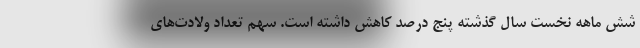
شش ماهه نخست سال گذشته پنج درصد کاهش داشته است. سهم تعداد ولادت‌های